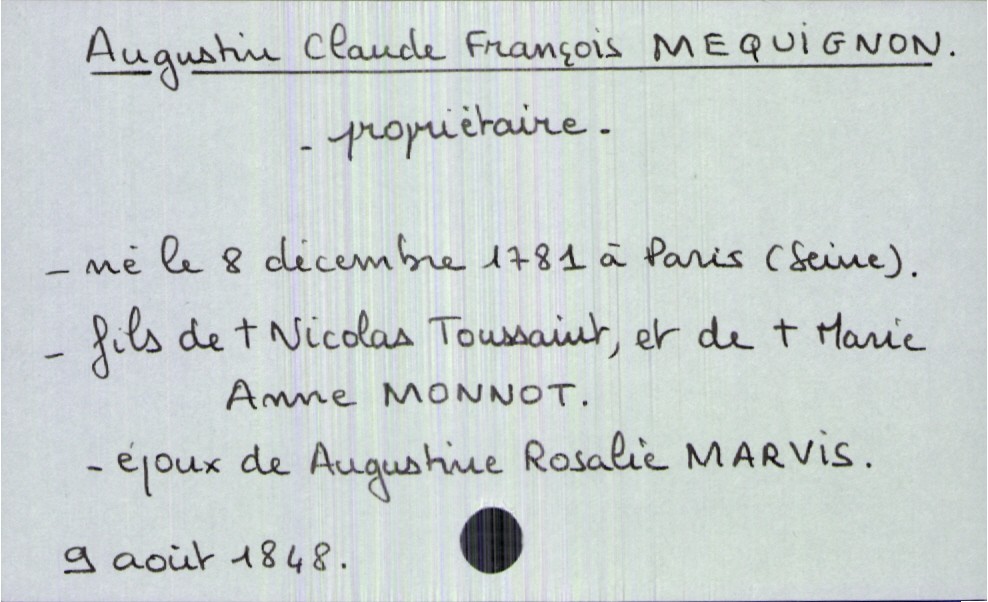
type_acte: Décès
année: 1848
mois: août
jour: 9
défunt_nom: Mequignon
défunt_prénom: Augustin Claude François
défunt_sexe: H
défunt_profession: propriétaire
défunt_date_de_naissance: 8 décembre 1781
défunt_lieu_de_naissance: Paris (Seine)
défunt_statut: marié(e)
père_défunt_nom: Toussaint
père_défunt_prénom: Nicolas
père_défunt_statut: décédé
mère_défunt_nom: Monnot
mère_défunt_prénom: Marie Anne
mère_défunt_statut: décédée